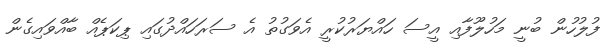
ފުލުހުން ބުނީ މަހުލޫފާއި އީސަ ހައްޔަރުކުރީ އެވަގުތު އެ ސަރަހައްދުގައި ޕިކަޕެއް ބާއްވައިގެން